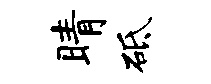
睛砥